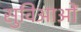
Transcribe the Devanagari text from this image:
सुविआओं